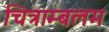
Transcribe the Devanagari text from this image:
चित्राम्बलम